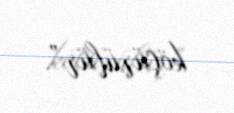
köçürülür”.